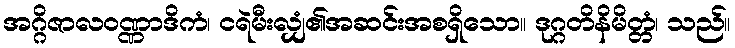
အဂ္ဂိဇာလဝဏ္ဏာဒိကံ၊ ငရဲမီးလျှံ၏အဆင်းအစရှိသော။ ဒုဂ္ဂတိနိမိတ္တံ၊ သည်။